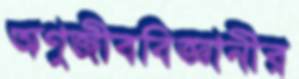
অণুজীববিজ্ঞানীর